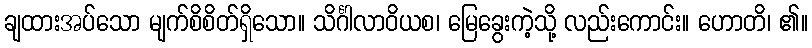
ချထားအပ်သော မျက်စိစိတ်ရှိသော။ သိင်္ဂါလာဝိယစ၊ မြေခွေးကဲ့သို့ လည်းကောင်း။ ဟောတိ၊ ၏။